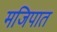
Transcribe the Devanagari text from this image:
मजिपात